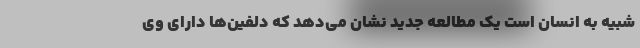
شبیه به انسان است یک مطالعه جدید نشان می‌دهد که دلفین‌ها دارای وی